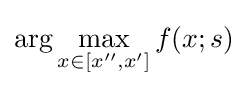
\arg \max _{x\in [x'',x']}f(x;s)